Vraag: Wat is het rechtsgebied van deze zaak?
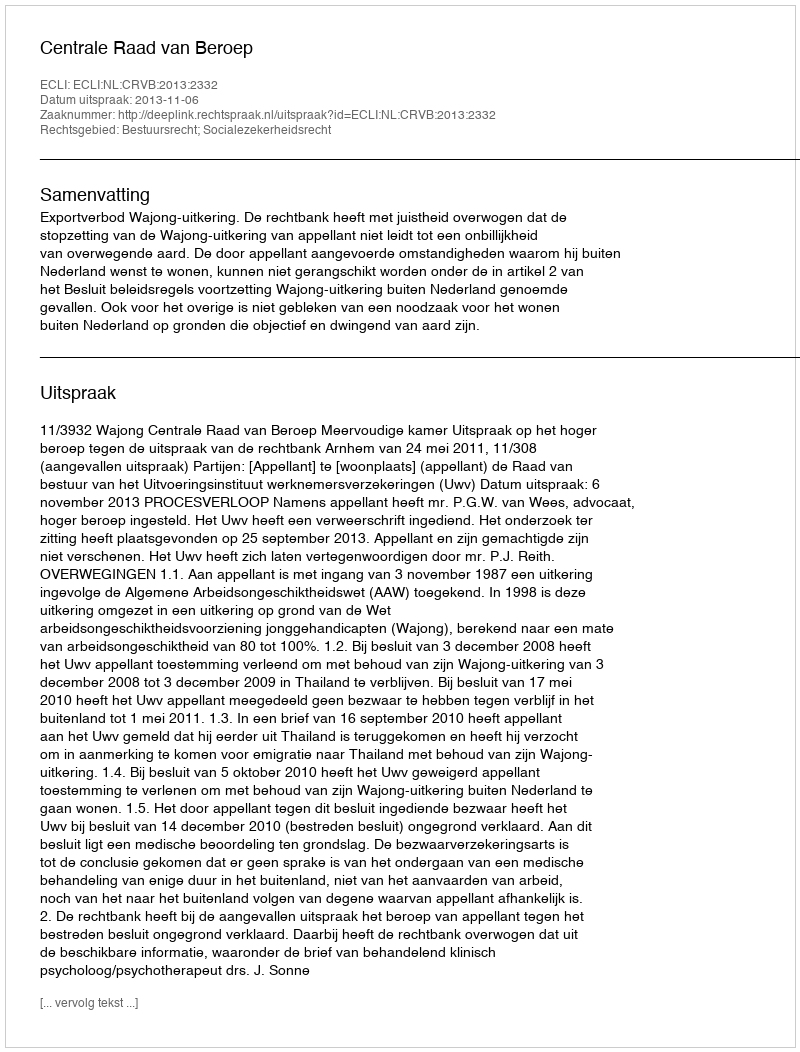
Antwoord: Bestuursrecht; Socialezekerheidsrecht